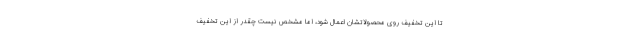
تا این تخفیف روی محصولاتشان اعمال شود، اما مشخص نیست چقدر از این تخفیف